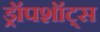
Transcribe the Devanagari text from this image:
ड्रॉपशॉट्स